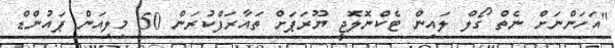
"އަހަންނަށް ނެތް ގޯލް ލައިން ޓެކްނޮލޮޖީ ޔޫރަޕަށް ތައާރަފްކުރަން 50 މިލިއަން ޕައުންޑް